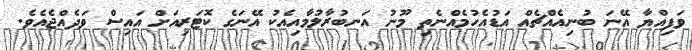
ވަފިއްޔާ އޭނަ ބުނިއެއްޗެއް އަޑުއެހުމެއްނެތި މޫނު އަނބުރާލުމާއިއެކު އޭނަގެ ކޮޓަރިއަށް އައިސް ވަދެއްޖެއެވެ.